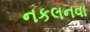
નકલનવા